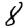
Digit: 8